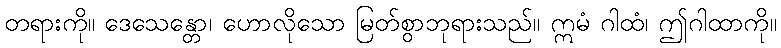
တရားကို။ ဒေသေန္တော၊ ဟောလိုသော မြတ်စွာဘုရားသည်။ ဣမံ ဂါထံ၊ ဤဂါထာကို။